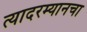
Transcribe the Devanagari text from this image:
त्यादरम्यानचा